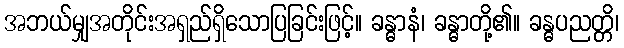
အဘယ်မျှအတိုင်းအရှည်ရှိသောပြခြင်းဖြင့်။ ခန္ဓာနံ၊ ခန္ဓာတို့၏။ ခန္ဓပညတ္တိ၊